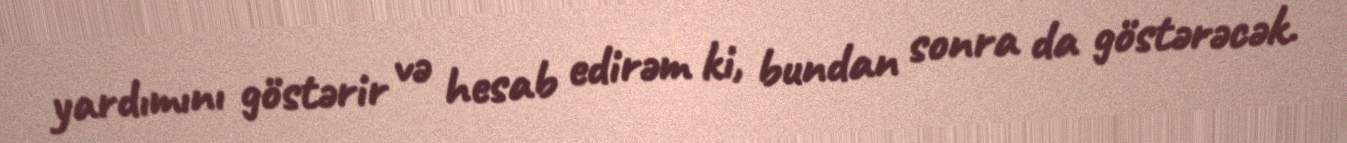
yardımını göstərir və hesab edirəm ki, bundan sonra da göstərəcək.